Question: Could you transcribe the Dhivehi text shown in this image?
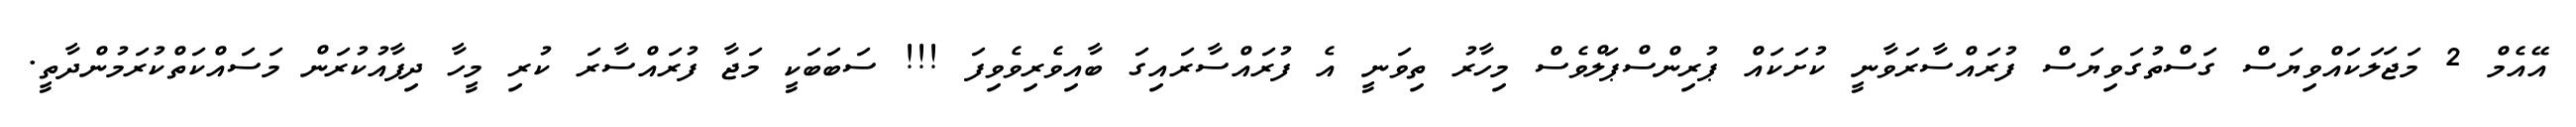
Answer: އޭއެމް 2 މަޖަލަކައްވިޔަސް ގަސްތުގަވިޔަސް ފުރައްސާރަވާނީ ކުށަކައް ޕުރިންސްޕަލްވެސް މިހާރު ތިވަނީ އެ ފުރައްސާރައިގަ ބާއިވެރިވެވިފަ !!! ސަބަބަކީ މަޖާ ފުރައްސާރަ ކުރި މީހާ ދިފާއުކުރަން މަސައްކަތްކުރަމުންދާތީ.